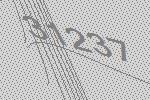
31237